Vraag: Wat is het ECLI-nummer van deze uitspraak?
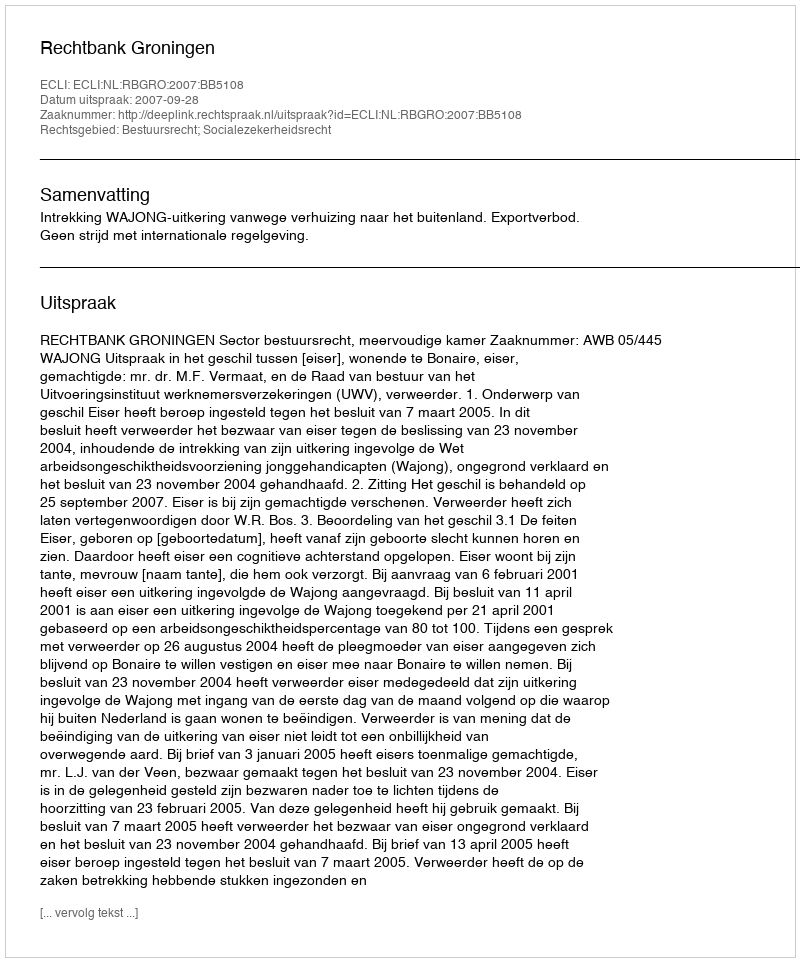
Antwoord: ECLI:NL:RBGRO:2007:BB5108